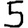
Digit: 5